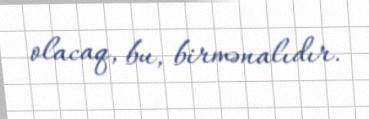
olacaq, bu, birmənalıdır.